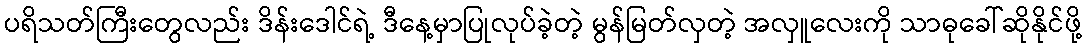
ပရိသတ်ကြီးတွေလည်း ဒိန်းဒေါင်ရဲ့ ဒီနေ့မှာပြုလုပ်ခဲ့တဲ့ မွန်မြတ်လှတဲ့ အလှူလေးကို သာဓုခေါ်ဆိုနိုင်ဖို့